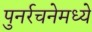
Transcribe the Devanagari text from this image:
पुनर्रचनेमध्ये